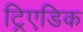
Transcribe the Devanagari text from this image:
ट्रिएडिक